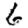
Digit: 6